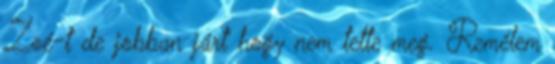
Zoé-t de jobban járt hogy nem tette meg. Remélem